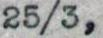
25/3,